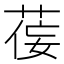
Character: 𫈘